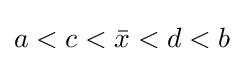
a<c<{\bar {x}}<d<b